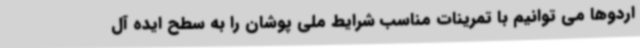
اردوها می توانیم با تمرینات مناسب شرایط ملی پوشان را به سطح ایده آل